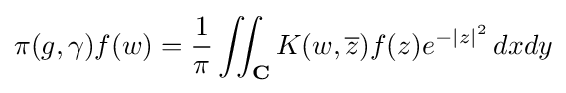
\pi (g,\gamma )f(w)={1 \over \pi }\iint _{\mathbf {C} }K(w,{\overline {z}})f(z)e^{-|z|^{2}}\,dxdy